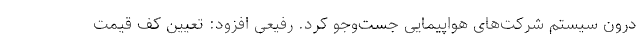
درون سیستم شرکت‌های هواپیمایی جست‌وجو کرد. رفیعی افزود: تعیین کف قیمت